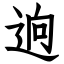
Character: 逈